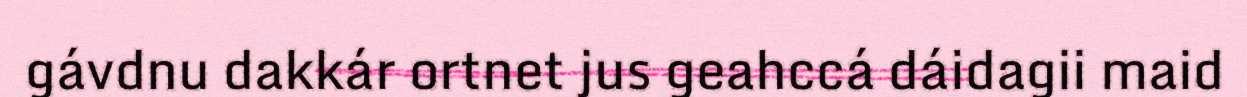
gávdnu dakkár ortnet jus geahccá dáidagii maid